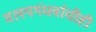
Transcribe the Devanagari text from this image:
मलयगंधर्वाचीही